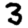
Digit: 3